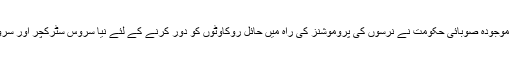
شہرام تراکئی نے کہا کہ موجودہ صوبائی حکومت نے نرسوں کی پروموشنز کی راہ میں حائل روکاوٹوں کو دور کرنے کے لئے نیا سروس سٹرکچر اور سروس رولز منظور کیاہے ۔